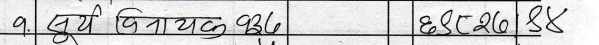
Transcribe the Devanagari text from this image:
१. सूर्य विनायक ९३६ ६८८८२८० ४४